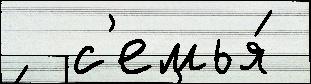
  с'емья́